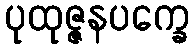
ပုထုဇ္ဇနပက္ခေ